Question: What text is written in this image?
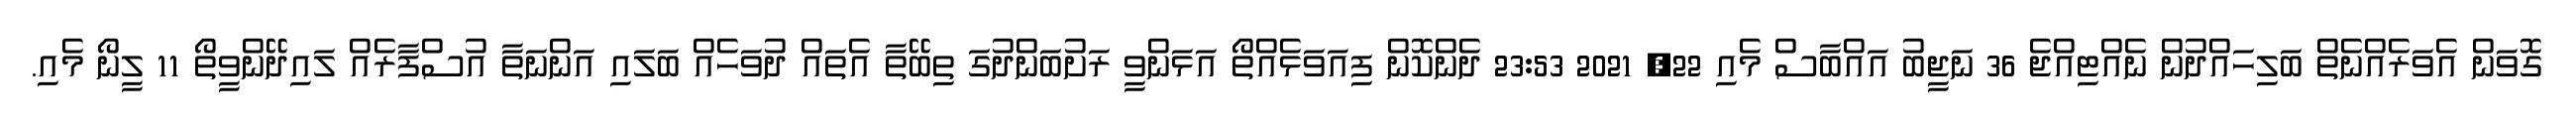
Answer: ގޮވަން އެވަރެއްނެތް ބަލިހައްދުން ނެއްޓިއްޖެ 36 ނަޖީބު އައްބާސް މެއި 22, 2021 23:53 ދެންކޮން ފިއަވަޅެއްތޯ އަޅަންވީ ރަށުބަންދުގަ ތިބޭތާ އެތައް ދުވަހެއް ބަލައި އަންނަތާ އުސްފާރެއް ލައިދޭންވީތޯ 11 ލީނޯ މެއި.